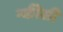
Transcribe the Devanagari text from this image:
न्कीसी